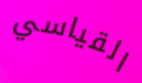
القياسي